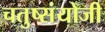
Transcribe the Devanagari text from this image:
चतुष्संयोजी